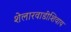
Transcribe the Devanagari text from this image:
शेलारवाडीशिवाय